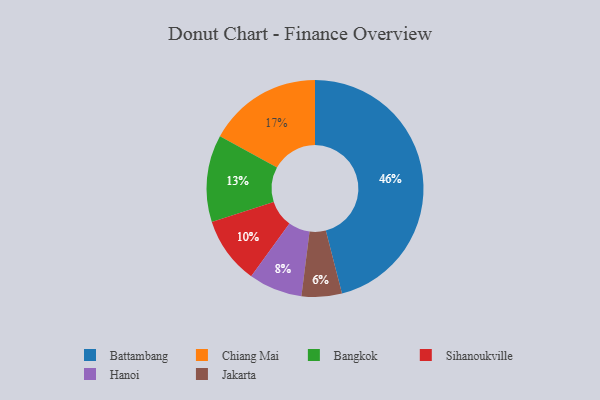
{"axis": {"x": "Category", "y": "Percentage"}, "legend": ["Bangkok", "Battambang", "Chiang Mai", "Hanoi", "Jakarta", "Sihanoukville"], "data": [{"x": "Bangkok", "y": 13, "type": "Bangkok"}, {"x": "Jakarta", "y": 6, "type": "Jakarta"}, {"x": "Battambang", "y": 46, "type": "Battambang"}, {"x": "Sihanoukville", "y": 10, "type": "Sihanoukville"}, {"x": "Hanoi", "y": 8, "type": "Hanoi"}, {"x": "Chiang Mai", "y": 17, "type": "Chiang Mai"}]}